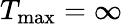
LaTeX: T_{\mathrm{max}}=\infty